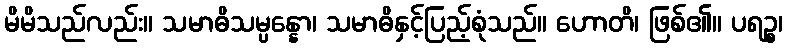
မိမိသည်လည်း။ သမာဓိသမ္ပန္နော၊ သမာဓိနှင့်ပြည့်စုံသည်။ ဟောတိ၊ ဖြစ်၏။ ပရဉ္စ၊